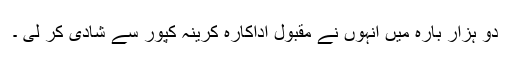
دو ہزار بارہ میں انہوں نے مقبول اداکارہ کرینہ کپور سے شادی کر لی ۔